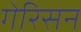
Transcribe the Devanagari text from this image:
गेरिसन